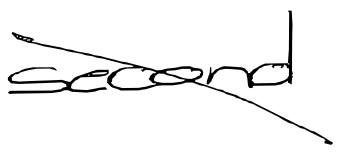
Text: second
Cross-out: diagonal
Writing tool: digital_black